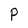
Character: p